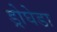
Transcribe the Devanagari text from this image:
ड्रोघेडा